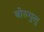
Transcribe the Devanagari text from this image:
बोरुगुलु